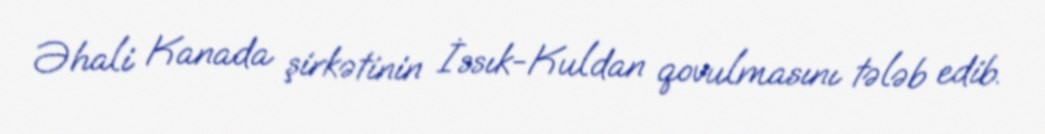
Əhali Kanada şirkətinin İssık-Kuldan qovulmasını tələb edib.